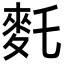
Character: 𪌂